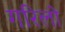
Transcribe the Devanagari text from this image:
गरिलो